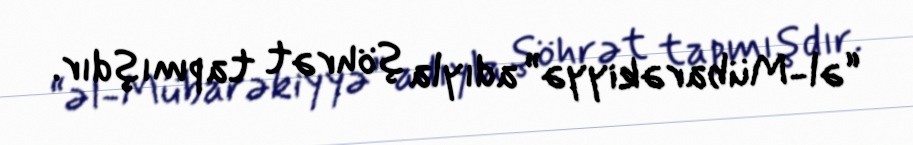
“əl-Mübarəkiyyə” adıyla şöhrət tapmışdır.